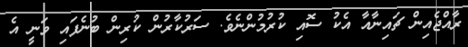
ރާއްޖެއިން ޗައިނާއާ އެކު ސޮއި ކުރުމުންނެވެ. ސަރުކާރުން ކުރިން ބުނެފައި ވަނީ އެ